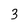
Character: 3